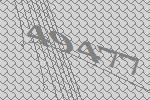
49477